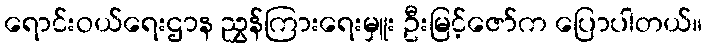
ရောင်းဝယ်ရေးဌာန ညွှန်ကြားရေးမှူး ဦးမြင့်ဇော်က ပြောပါတယ်။